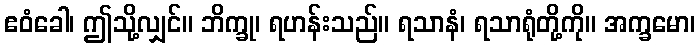
ဧဝံခေါ၊ ဤသို့လျှင်။ ဘိက္ခု၊ ရဟန်းသည်။ ရသာနံ၊ ရသာရုံတို့ကို။ အက္ခမော၊